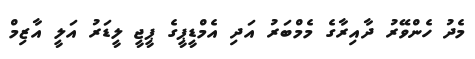
މެދު ހެންވޭރު ދާއިރާގެ މެމްބަރު އަދި އެމްޑީޕީގެ ޕީޖީ ލީޑަރު އަލީ އާޒިމް